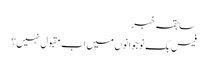
سابقہ خبر
فیس بک نوجوانوں میں اب مقبول نہیں؟